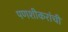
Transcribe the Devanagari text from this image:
पणशीकरांची